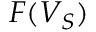
F ( V _ { S } )